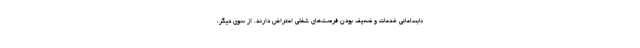
نابسامانی خدمات و ضعیف بودن فرصت‌های شغلی اعتراض دارند. از سوی دیگر،